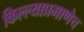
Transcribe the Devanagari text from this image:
किल्ल्याप्रमाणेच